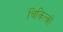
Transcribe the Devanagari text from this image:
चिकित्कों